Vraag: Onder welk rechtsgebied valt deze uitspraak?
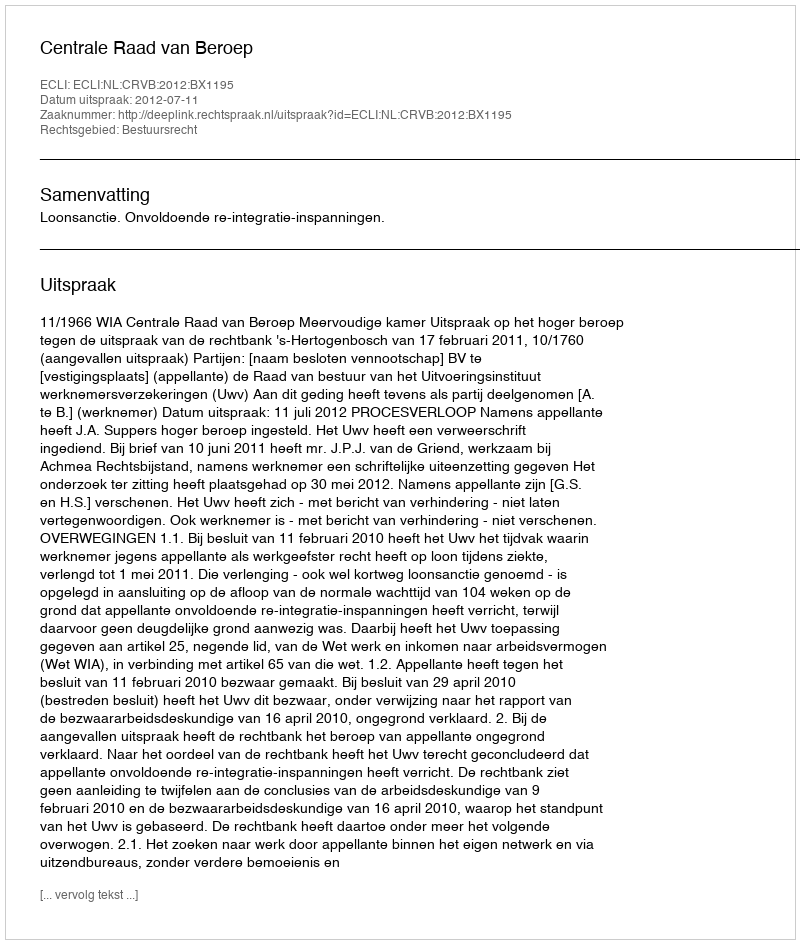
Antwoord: Bestuursrecht